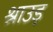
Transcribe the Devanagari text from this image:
श्राउड़